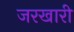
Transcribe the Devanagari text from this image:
जरखारी